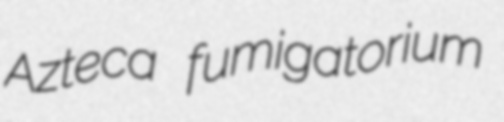
Azteca fumigatorium